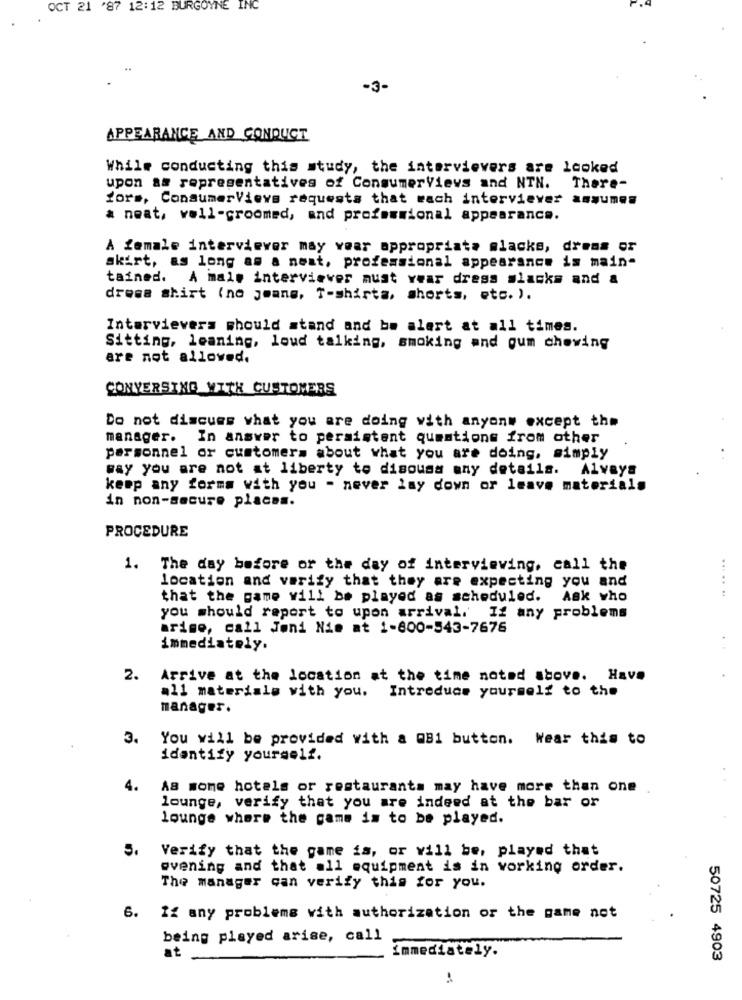
OCT 21 '87 12:12 BURGOYNE INC
-3-
APPEARANCE AND CONDUCT
While conducting this study, the intervievers are looked
upon as representatives of ConsumerVievs and NTN. There-
fors, ConsumerVievs requests that wach interviever assumes
a neat, well-groomed, and professional appearance.
A female interviewer may voar appropriata mlacks, dress or
skirt, as long as a neat, professional appearance is main-
tained. A male interviever must vear dress slacks and a
dress shirt (no jeans, T-shirts, shorts, etc. ).
Intervievers should stand and be alert at all times.
Sitting, leaning, loud talking, smoking and gum chewing
are not allowed.
CONVERSING WITH CUSTOMERS
Do not discues what you are doing with anyone except the
manager. In answer to persistent questions from other
personnel or customers about what you are doing, simply
way you are not at liberty to disouss any details.
Alvaya
keep any forms with you - never lay down or leave materials
in non-secure places.
PROCEDURE
1.
The day before or the day of interviewing, call the
location and verify that they are expecting you and
.....
that the game will be played as scheduled. Ask who
you should report to upon arrival.
If any problems
arige, call Joni Nie at 1-800-543-7676
immediately.
2.
Arrive at the location at the time noted above. Have
all materials with you. Introduce yourself to the
manager.
3.
You will be provided with a 081 button. Wear this to
identify yourself.
4.
AB some hotels or restaurants may have more than one
lounge, verify that you are indeed at the bar or
lounge where the game is to be played.
5.
Verify that the game is, or will be, played that
evening and that all equipment is in working order.
The manager can verify this for you.
6.
If any problems with authorization or the game not
being played arise, call
immediately.
at
50725 4903